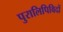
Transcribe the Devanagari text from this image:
पुरालिपिविदों